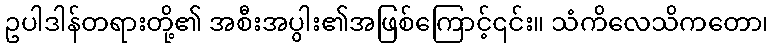
ဥပါဒါန်တရားတို့၏ အစီးအပွါး၏အဖြစ်ကြောင့်၎င်း။ သံကိလေသိကတော၊